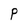
Character: P